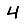
Digit: 4